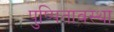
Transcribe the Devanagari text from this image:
पुष्पितावस्था